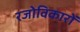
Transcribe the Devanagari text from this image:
रजोविकारों